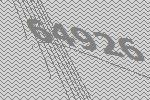
64926